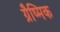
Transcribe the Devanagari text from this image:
ग्रैष्मिक